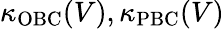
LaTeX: \kappa_{\mathrm{OBC}}(V),\kappa_{\mathrm{PBC}}(V)